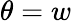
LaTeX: \theta=w